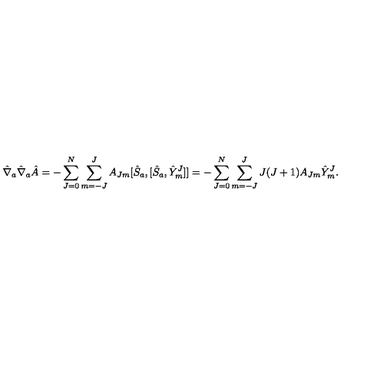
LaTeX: { \hat { \nabla } } _ { a } { \hat { \nabla } } _ { a } { \hat { A } } = - \sum _ { J = 0 } ^ { N } \sum _ { m = - J } ^ { J } A _ { J m } [ { \hat { S } } _ { a } , [ { \hat { S } } _ { a } , { \hat { Y } } _ { m } ^ { J } ] ] = - \sum _ { J = 0 } ^ { N } \sum _ { m = - J } ^ { J } J ( J + 1 ) A _ { J m } { \hat { Y } } _ { m } ^ { J } .